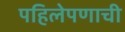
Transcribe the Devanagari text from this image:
पहिलेपणाची